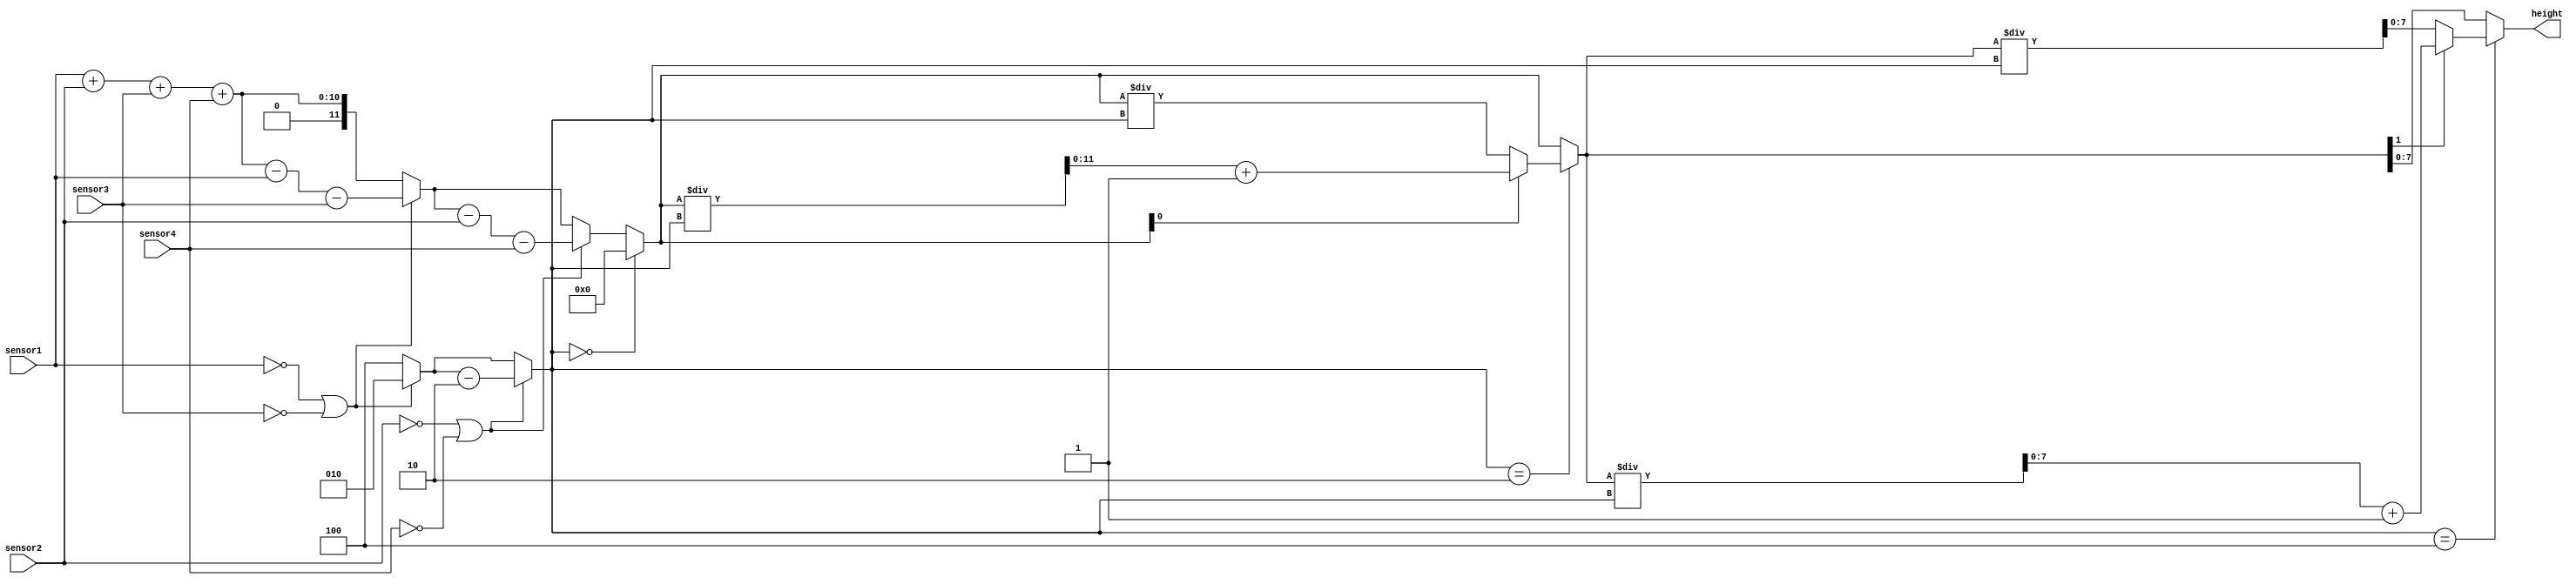
`timescale 1ns / 1ps

module sensors_input (
   output   [7 : 0]   height,
   input    [7 : 0]   sensor1,
   input    [7 : 0]   sensor2,
   input    [7 : 0]   sensor3,
   input    [7 : 0]   sensor4);

	reg [2:0] number_of_sensors;
	reg [11:0] sum;

	always @(*) begin

		sum = sensor1 + sensor2 + sensor3 + sensor4;
		number_of_sensors = 4;

		if (sensor1  == 0 || sensor3 == 0) begin
			sum = sum - sensor1;
			sum = sum - sensor3;
			number_of_sensors = number_of_sensors - 2;
		end

		if (sensor2  == 0 || sensor4 == 0) begin
			sum = sum - sensor2;
			sum = sum - sensor4;
			number_of_sensors = number_of_sensors - 2;
		end
		
		if (number_of_sensors == 0) begin
			sum = 0;
		end

		if (number_of_sensors == 2) begin
			if (sum[0] == 1) begin
				sum = (sum / number_of_sensors) + 1;
			end else begin
				sum = (sum / number_of_sensors);
			end
		end
		
		if (number_of_sensors == 4) begin
			if (sum[1] == 1) begin
				sum = (sum / number_of_sensors) + 1;
			end else begin
				sum = (sum / number_of_sensors);
			end
		end		
		
	end

	assign height = sum;
	
endmodule